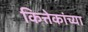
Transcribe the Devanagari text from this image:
कित्तेकांच्या